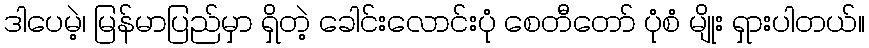
ဒါပေမဲ့၊ မြန်မာပြည်မှာ ရှိတဲ့ ခေါင်းလောင်းပုံ စေတီတော် ပုံစံ မျိုး ရှားပါတယ်။